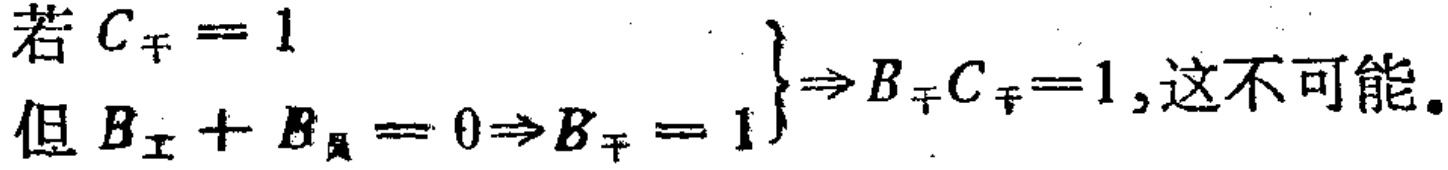
若 \(C_{\mp}=1\)

但 \(B_{\text{Ⅰ}} + B_{\text{Ⅱ}} = 0\Rightarrow B_{\mp}=1\) \(\left.\begin{array}{r} \\ \ \end{array}\right\}\Rightarrow B_{\mp}C_{\mp}=1\),这不可能。